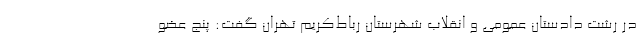
در رشت دادستان عمومی و انقلاب شهرستان رباط‌کریم تهران گفت: پنج عضو